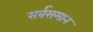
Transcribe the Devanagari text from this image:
सर्वसमान